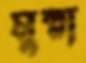
মুন্না